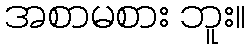
အစာမစား ဘူး။